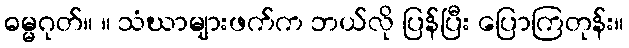
ဓမ္မဂုတ်။ ။ သံဃာများဖက်က ဘယ်လို ပြန်ပြီး ပြောကြတုန်း။